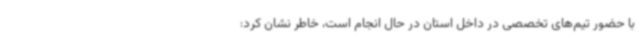
با حضور تیم‌های تخصصی در داخل استان در حال انجام است، خاطر نشان کرد: